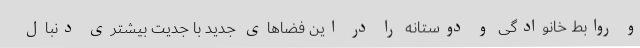
و روابط خانوادگی و دوستانه را در این فضاهای جدید با جدیت بیشتری دنبال